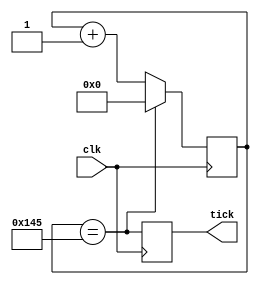
`timescale 1ns / 1ps
//////////////////////////////////////////////////////////////////////////////////
// Company: 
// Engineer: 
// Design Name: 
// Module Name: uart
// Project Name: 
// Target Devices: 
// Tool Versions: 
// Description: 
// 
// Dependencies: 
// 
// Revision:
// Revision 0.01 - File Created
// Additional Comments:
// 
//////////////////////////////////////////////////////////////////////////////////


module baudGen
#(
    parameter BAUD_RATE = 9600,  //300,600,1200,2400,4800,9600,14400,19200,38400,57600
    parameter CLK_FREC = 50000000
)
(
    input wire clk,
    output wire tick
);

localparam RESULTADO = CLK_FREC/(BAUD_RATE*16);     //Para 9600 da 325


reg [15:0] contador=0;
reg salida;

assign tick = salida;



always@(posedge clk) begin: r_baudRate
    
    if(contador == RESULTADO) begin
        contador <= 0;
    end
    else begin
        contador <= contador + 1;
    end
    
    
    salida <= (contador == RESULTADO); //Solo larga el tick por un clock
    
    //Larga el tick como onda cuadrada
    //if (contador == RESULTADO/2) begin
    //    salida = 0;
    //end
    
end


//salida = (contador == RESULTADO); //Solo larga el tick por un clock
//assign o_tick = (contador == RESULTADO); //Solo larga el tick por un clock

endmodule